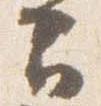
云